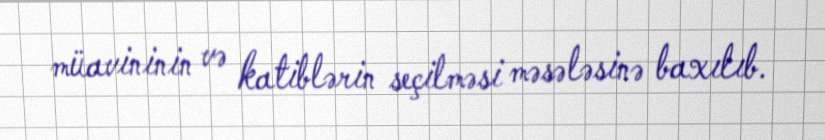
müavininin və katiblərin seçilməsi məsələsinə baxılıb.